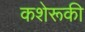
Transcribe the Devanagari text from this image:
कशेरूकी